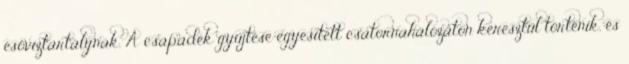
esővíztartálynak. A csapadék gyűjtése egyesített csatornahálózaton keresztül történik, és